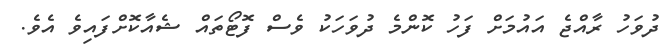
ދުވަހު ރާއްޖެ އައުމަށް ފަހު ކޮންމެ ދުވަހަކު ވެސް ފޮޓޯތައް ޝެއާކޮށްފައިވެ އެވެ.